Annual report of lunatic asylums [Bombay] - 1912-1922
Year: 1912
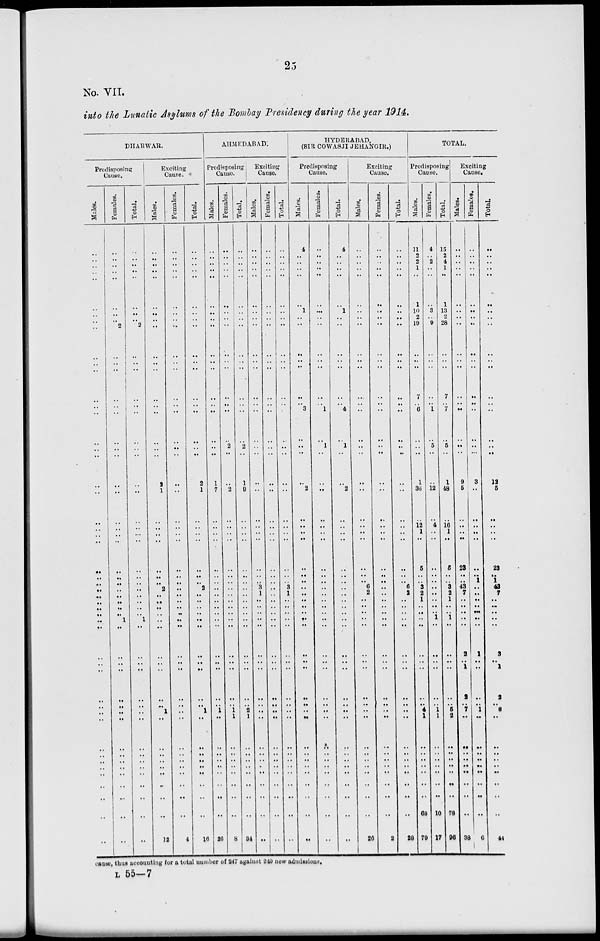
25
No. VII.
into the Lunatic Asylums of the Bombay Presidency during the year 1914.
DHARWAR.
Predisposing
Cause.
Males.
..
..
. .
. .
..
..
..
..
..
..
..
..
..
..
..
..
..
..
..
..
..
..
..
..
..
.. ..
..
..
..
..
.. ..
..
..
..
..
..
..
..
..
..
..
..
..
..
..
..
..
..
Females.
..
..
..
..
..
..
..
..
2
..
..
..
..
..
..
..
..
..
..
..
..
..
..
..
..
.. ..
..
..
..
..
..
1
..
..
..
..
..
..
..
..
..
..
..
..
..
. .
..
..
..
Total.
..
..
..
..
..
..
..
..
2
..
..
..
..
..
..
..
..
..
..
..
..
..
..
..
..
.. ..
..
..
..
..
.. 1
..
..
..
..
..
. .
..
..
..
..
..
..
..
..
..
..
..
Exciting
Cause.
Males.
..
..
..
..
..
..
..
..
..
..
..
..
..
..
..
..
..
..
2
1
..
..
..
..
..
.. ..
2
..
. .
..
.. ..
..
..
..
..
..
.. ..
..
..
..
..
..
..
..
..
..
32
Females.
..
..
..
..
..
..
..
..
..
..
..
..
..
..
..
..
..
..
..
..
..
..
..
..
..
.. ..
..
..
..
..
.. ..
..
..
. .
..
..
..
..
..
..
. .
..
..
..
..
..
..
4
Total.
..
..
..
..
..
..
..
..
..
..
..
..
..
..
..
..
..
..
2
1
..
..
..
..
..
.. ..
2
..
..
. .
.. . .
..
..
..
..
..
..
1
..
..
..
..
..
..
..
..
..
16
AHMEDABAD.
Predisposing
Cause.
Males.
..
..
..
..
..
..
..
..
..
..
..
..
..
..
..
..
..
..
1
7
..
..
..
..
..
.. ..
..
..
..
. .
..
..
..
..
..
..
..
.. 1
..
..
..
..
..
..
..
..
..
10
Females.
..
..
..
..
..
. .
..
..
..
..
..
..
..
..
..
..
2
..
..
2
..
..
..
..
..
.. ..
..
..
..
. .
..
..
..
..
. .
..
..
.. ..
1
..
..
..
..
..
..
..
..
8
Total.
..
..
..
..
..
..
..
..
..
..
..
..
..
..
..
2
..
1
9
..
..
..
..
..
.. ..
..
..
..
..
..
..
..
..
..
..
..
.. 2
1
..
..
..
..
..
..
..
..
34
Exciting
Cause.
Males.
..
..
..
..
..
..
..
..
..
..
..
..
..
..
..
..
..
..
..
..
..
..
..
..
..
.. ..
3
1
. .
. .
..
..
..
..
. .
..
..
..
..
..
..
..
..
..
..
..
..
..
..
Females.
..
..
..
..
..
..
..
..
..
..
..
..
..
..
..
..
..
..
..
..
..
..
..
..
..
.. ..
..
..
..
..
..
..
..
..
..
..
..
..
..
..
..
..
..
..
..
..
..
..
..
Total.
..
..
..
..
..
..
..
..
..
..
..
..
..
..
..
..
..
..
..
..
..
..
..
..
..
.. ..
3
1
..
. .
..
..
..
..
..
..
..
..
..
..
..
..
..
..
..
..
..
..
..
HYDERABAD,
(SIR COWASJI JEHANGIR.)
Predisposing
Cause.
Males.
4
..
..
..
..
..
1
..
..
..
..
..
. .
..
3
..
..
..
..
2
..
..
..
..
..
.. ..
..
. .
..
. .
.. ..
..
..
..
..
..
..
..
..
..
..
..
..
..
..
..
..
..
Females.
..
..
..
..
..
..
..
..
..
..
. .
..
..
..
1
..
1
..
..
..
..
..
..
..
..
.. ..
..
..
..
..
.. ..
..
..
..
..
..
..
..
..
..
. .
..
..
..
..
..
..
..
Total.
4
..
..
..
..
..
1
..
..
..
..
..
..
..
4
..
1
..
..
2
..
..
..
..
..
.. ..
..
..
..
..
.. ..
..
..
..
..
..
..
..
..
..
. .
..
..
..
..
..
..
..
Exciting
Cause.
Males.
..
..
..
..
..
..
..
..
..
..
..
..
..
..
..
..
..
..
..
..
..
..
..
..
..
.. ..
6
2
. .
. .
.. ..
..
..
. .
..
..
..
..
..
..
..
..
..
..
..
..
..
26
Females.
..
..
..
..
..
..
..
..
..
..
..
..
..
..
..
..
..
..
..
..
..
..
..
..
..
.. ..
..
..
..
..
.. ..
..
..
. .
..
..
..
..
..
..
..
..
..
..
..
..
..
2
Total.
..
..
..
..
..
..
..
..
..
..
..
..
..
..
..
..
..
..
..
..
..
..
..
..
..
.. ..
6
2
..
..
.. ..
..
..
..
..
..
..
..
..
..
..
..
..
..
..
..
. .
28
TOTAL.
Predisposing
Cause.
Males.
11
2
2
1
..
1
10
2
19
..
..
..
7
..
6
..
..
..
1
36
..
12
1
..
5
.. ..
3
2
1
..
.. ..
..
..
..
..
..
.. 4
1
..
..
..
..
..
..
..
68
79
Females.
4
..
2
..
..
..
3
..
9
..
..
..
..
..
1
..
5
..
..
12
..
4
..
..
..
.. ..
..
..
..
. .
.. 1
..
..
..
..
..
.. 1
1
..
..
..
..
..
..
..
10
17
Total.
15
2
4
1
..
1
13
2
28
..
..
..
7
..
7
..
5
..
1
48
..
16
1
..
5
.. ..
3
2
1
. .
.. 1
..
..
..
..
..
.. 5
2
..
..
..
..
..
..
..
78
96
Exciting
Cause.
Males.
..
..
..
..
..
..
..
..
..
..
..
..
..
..
..
..
..
..
9
5
..
..
..
..
23
.. ..
43
7
..
..
.. ..
..
2
..
1
2
.. 7
..
..
..
.. ..
..
..
..
..
38
Females.
..
..
..
..
..
..
..
..
..
..
..
..
. .
..
..
..
..
..
3
. .
..
..
..
..
..
.. 1
..
..
..
. .
..
..
..
1
.. ..
..
.. 1
..
..
..
.. ..
..
..
..
. .
6
Total.
..
..
..
..
..
..
..
..
..
..
..
..
..
..
..
..
..
..
12
5
..
..
..
..
23
.. 1
43
7
..
..
.. ..
..
3
. .
1
2
..
8
. .
..
..
.. ..
..
..
..
..
44
cause, thus accounting for a total number of 247 against 240 new admissions.
L 55—7